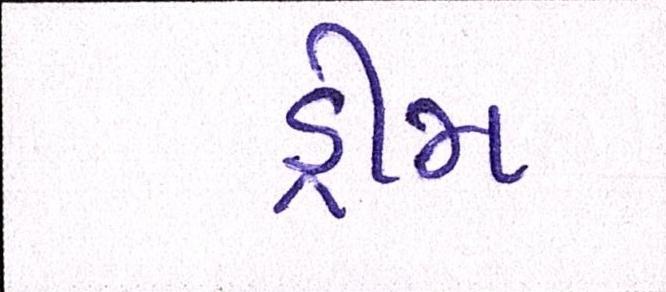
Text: ડ્રીમ